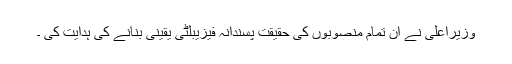
وزیراعلیٰ نے ان تمام منصوبوں کی حقیقت پسندانہ فیزیبلٹی یقینی بنانے کی ہدایت کی ۔